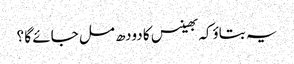
یہ بتاؤکہ بھینس کا دودھ مل جائے گا ؟